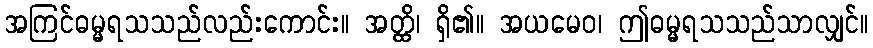
အကြင်ဓမ္မရသသည်လည်းကောင်း။ အတ္ထိ၊ ရှိ၏။ အယမေဝ၊ ဤဓမ္မရသသည်သာလျှင်။